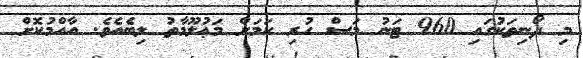
މި ދޯނިތަކުގައި 960 ޓަނު މަސް ހުރި ކަމަށް މަޢުލޫމާތު ލިބެއެވެ. އާއްމުކޮށް